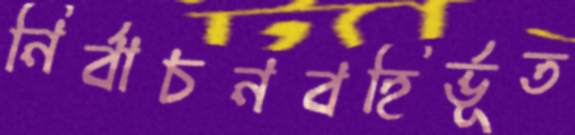
নির্বাচনবহির্ভূত